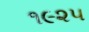
૧૯૨૫